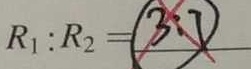
R _ { 1 } : R _ { 2 } = 3 : 7